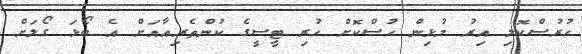
ހުރުސްކޮލި އިރު މުޅިން ހުސްކޮށް ހުރި ޓީސީގެ ކުންތެރިއާއަށް އެ ބޯޅަ ގޯލަށް